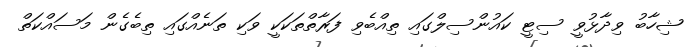
ޝިހާބު ވިދާޅުވީ ސިޓީ ކައުންސިލްގައި ތިއްބެވި ފަރާތްތަކަކީ ވަކި ތަނެއްގައި ތިބެގެން މަސައްކަތް